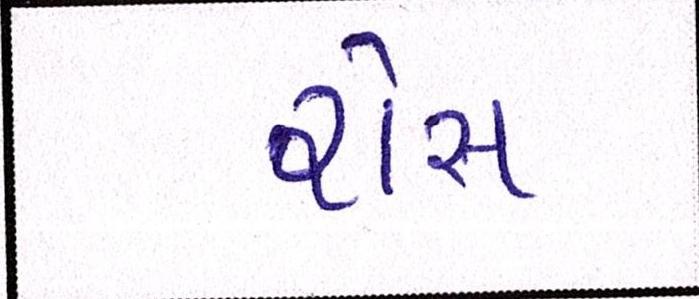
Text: રોસ